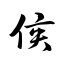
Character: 侯